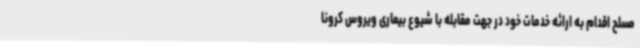
مسلح اقدام به ارائه خدمات خود در جهت مقابله با شیوع بیماری ویروس کرونا